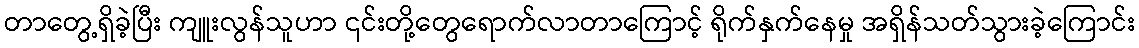
တာတွေ့ရှိခဲ့ပြီး ကျူးလွန်သူဟာ ၎င်းတို့တွေရောက်လာတာကြောင့် ရိုက်နှက်နေမှု အရှိန်သတ်သွားခဲ့ကြောင်း